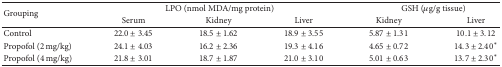
| <ROWSPAN=2> Grouping | <COLSPAN=3> LPO (nmol MDA/mg protein) | <COLSPAN=2> GSH (μg/g tissue) |
 | Serum | Kidney | Liver | Kidney | Liver |
 | --- | --- | --- | --- | --- | --- |
 | Control | 22.0 ± 3.45 | 18.5 ± 1.62 | 18.9 ± 3.55 | 5.87 ± 1.31 | 10.1 ± 3.12 |
 | Propofol (2 mg/kg) | 24.1 ± 4.03 | 16.2 ± 2.36 | 19.3 ± 4.16 | 4.65 ± 0.72 | 14.3 ± 2.40* |
 | Propofol (4 mg/kg) | 21.8 ± 3.01 | 18.7 ± 1.87 | 21.0 ± 3.10 | 5.01 ± 0.63 | 13.7 ± 2.30* |